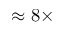
\approx 8 \times